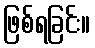
ဖြစ်ရခြင်း။